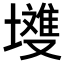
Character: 𭏽